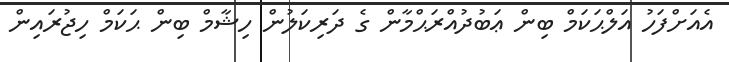
އެއަށްފަހު އަލްޙަކަމް ބިން ޢަބުދުއްރަޙްމާން ގެ ދަރިކަލުން ހިޝާމް ބިން ޙަކަމް ހިޖުރައިން